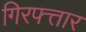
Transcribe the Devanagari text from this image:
गिरफ्त्तार